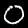
Label: 0